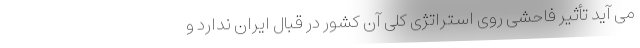
می آید تأثیر فاحشی روی استراتژی کلی آن کشور در قبال ایران ندارد و